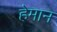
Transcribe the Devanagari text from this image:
हेमान